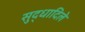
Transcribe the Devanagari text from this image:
सुद्धादिले